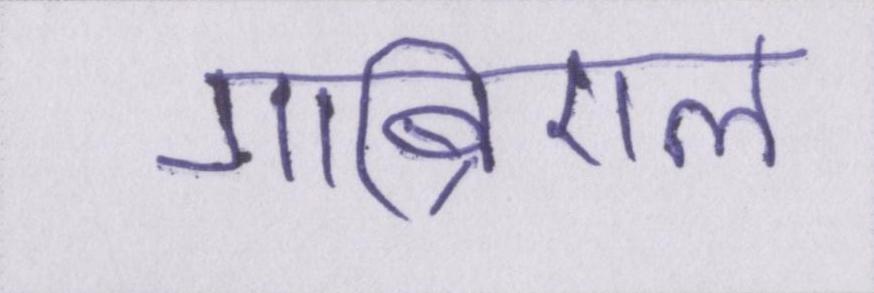
गाब्रिएल